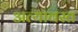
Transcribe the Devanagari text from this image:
अत्यावस्त